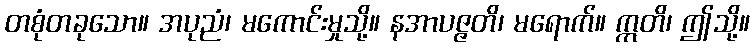
တစုံတခုသော။ အပုညံ၊ မကောင်းမှုသို့။ နအာပဇ္ဇတိ၊ မရောက်။ ဣတိ၊ ဤသို့။